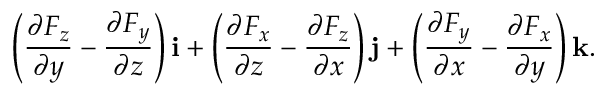
\left( { \frac { \partial F _ { z } } { \partial y } } - { \frac { \partial F _ { y } } { \partial z } } \right) \mathbf { i } + \left( { \frac { \partial F _ { x } } { \partial z } } - { \frac { \partial F _ { z } } { \partial x } } \right) \mathbf { j } + \left( { \frac { \partial F _ { y } } { \partial x } } - { \frac { \partial F _ { x } } { \partial y } } \right) \mathbf { k } .